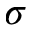
\sigma